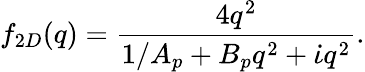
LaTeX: f_{2D}(q)=\frac{4q^{2}}{1/A_{p}+B_{p}q^{2}+\dot{\iota}q^{2}}.